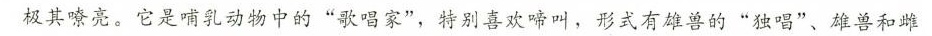
极其嘹亮。它是哺乳动物中的”歌唱家”，特别喜欢啼叫，形式有雄兽的”独唱”、雄兽和雌